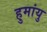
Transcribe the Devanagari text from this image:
हुमांयु